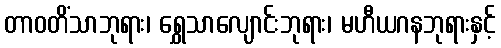
တာဝတိံသာဘုရား၊ ရွှေသာလျောင်းဘုရား၊ မဟီယဂနဘုရားနှင့်